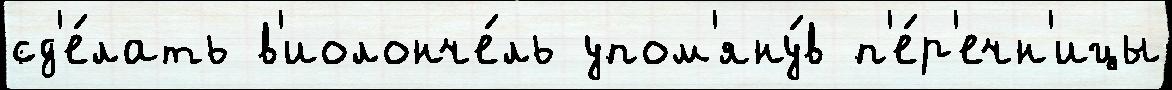
сд'е́лать в'иолонче́ль упом'яну́в п'е́р'ечн'ицы